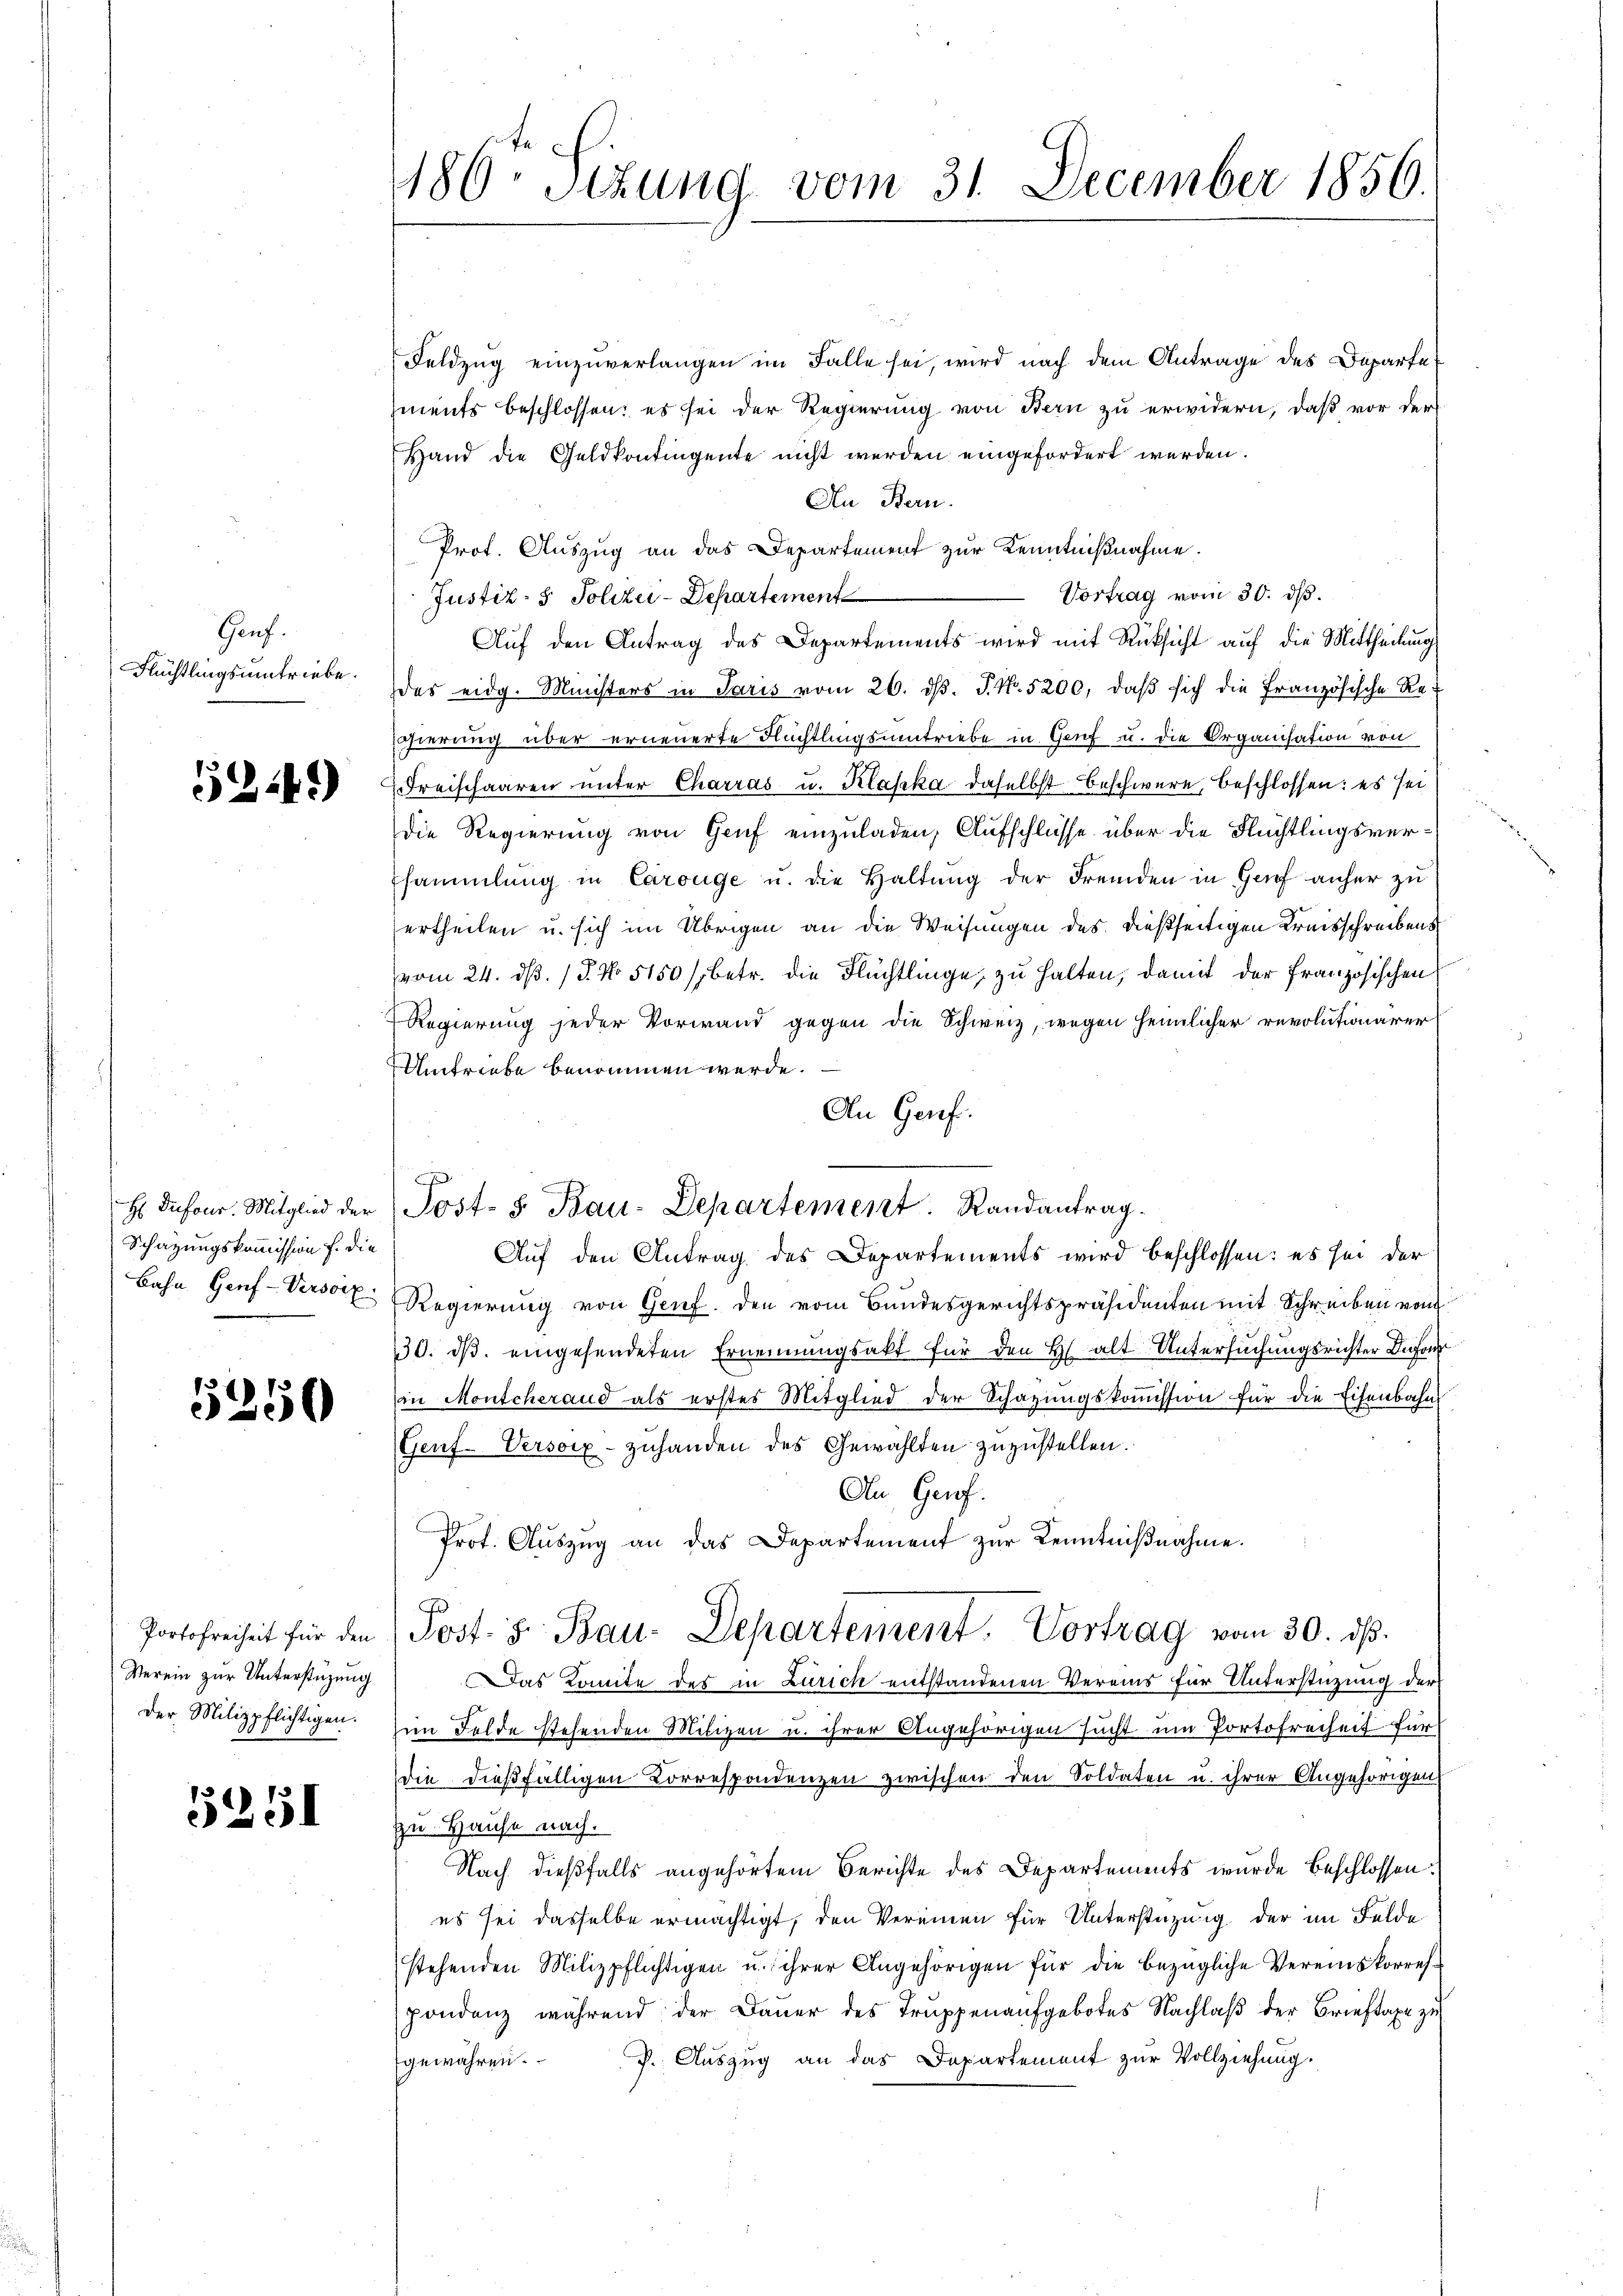
Gauf.
Flüchtlingsumtriebe.

52149)

Schatzungskommission f. die

5350

Verein zur Unterstüzung

5251

180. Sizung vom 31. December 1856.

Feldzug einzuverlangen im Falle sei, wird nach dem Antrage des Departe
zments beschlossen; es sei der Regierung von Bern zu erwidern, daß vor der
Hand die Geldkontingente nicht werden eingefordert werden.
An Bern.
Prot. Auszug an das Departement zur Kenntnißnahme.
Vortrag vom 30. ds.
Justiz- & Polizei-Departement
Auf den Antrag des Departements wird mit Rücksicht auf die Mittheilung
das eidg. Ministers in Paris vom 26. dβ. J. No. 5200, daβ sich die Französische Re¬
Egierung über erneuerte Flüchtlingsumtriebe in Genf u. die Organisation von
Freischaaren unter Charras u. Klaska daselbst beschwere, beschlossen: es sei
Die Regierung von Genf einzuladen, Aufschlüsse über die Flüchtlingsversammlung in Carouge u. die Haltung der Fremden in Genf anher zu
ertheilen u. sich im Übrigen an die Weisungen des dießseitigen Kreisschreibens
vom 24. d. 1. No 5150/, betr. die Flüchtlinge, zu halten, damit der Französischen
Regierung jeder Vorwand gegen die Schweiz, wegen heimlicher revolutionärer
Umtriebe benommen werde.
An Genf.
H Dufour. Mitglied der Post- 8. Bau-Departement Randantrag.
Auf den Antrag des Departements wird beschlossen: es sei der
Bahn Genf-Versorz Regierung von Genf. den vom Bundesgerichtspräsidenten mit Schreiben von
30. ds. eingesendeten Ernennungsakt für den H. alt Untersuchungsrichter Befo
in Montcherand als erstes Mitglied der Schazungskoṁission für die Eisenbahn
Gerf-Versoix-zuhanden des Gewählten zuzustellen.
An Genf.
Prot. Aŭszŭg an das Departement zur Kenntniβnahme.
Portofreiheit für den Post- & Bau-Departement. Vortrag vom 30. dβ.
Das Komite des in Zürich entstandenen Vereins für Unterstüzung der
Der Milizpflichtigen im Felde stehenden Milizen u. ihrer Angehörigen sucht um Portofreiheit für
die dießfälligen Korrespondenzen zwischen den Soldaten u. ihrer Angehörigen
zu Hause nach.
Nach dießfalls angehörtem Berichte des Departements wurde Beschlossen:
es sei dasselbe ermächtigt, den Vereinen für Unterstüzung der im Felde
stehenden Milizpflichtigen u. ihrer Angehörigen für die bezügliche Vereinskorrespondenz während der Daŭer des Trŭppenaufgebotes Nachlaβ der Brieftaxe zu
gewähren. P. Auszug an das Departement zur Vollziehung.